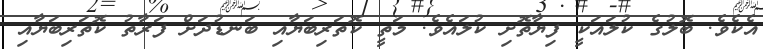
އެކެވެ. ބޮލުގެ ކުލައަކީ ފިޔާތޮށި ކުލައެވެ. މަތީ ކޮތަރިބަޔާއި ބަނޑުދަށް ފަރާތު ކޮތަރިބަޔާއި